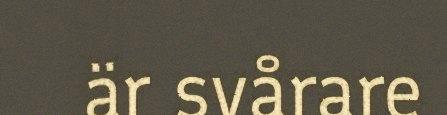
är svårare